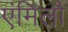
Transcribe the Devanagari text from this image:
एंमिलौ